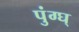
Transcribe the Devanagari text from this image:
पुंग्घ्